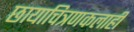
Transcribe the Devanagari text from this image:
छायाचित्रणकलाही